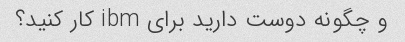
و چگونه دوست دارید برای ibm کار کنید؟